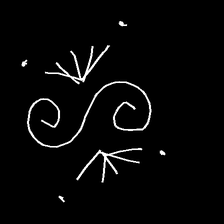
Glyph: aeroform